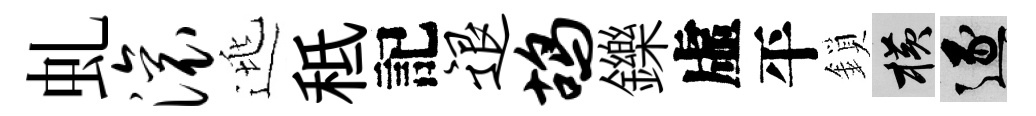
虬滚逃秪記退鸪鑠虛平鎖横逐